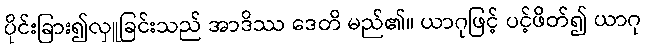
ပိုင်းခြား၍လှူခြင်းသည် အာဒိဿ ဒေတိ မည်၏။ ယာဂုဖြင့် ပင့်ဖိတ်၍ ယာဂု